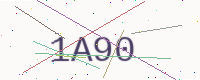
Text: 1A90